Scottish Leaving Certificate Examination, 1953
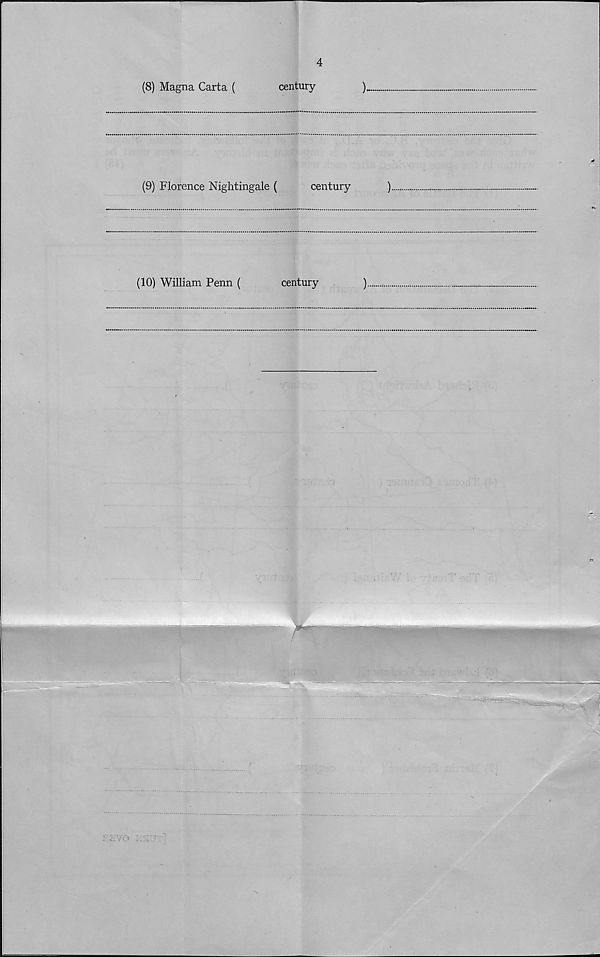
4
(8) Magna Carta (
century
)_.
(9) Florence Nightingale (
century
)
(10) William Penn (
century
)